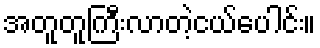
အတူတူကြီးလာတဲ့ငယ်ပေါင်း။